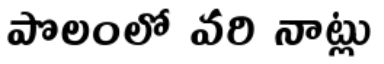
పొలంలో వరి నాట్లు